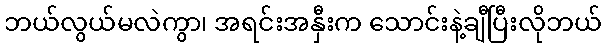
ဘယ်လွယ်မလဲကွာ၊ အရင်းအနှီးက သောင်းနဲ့ချီပြီးလိုဘယ်